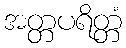
အတ္တပရိတ္တံ